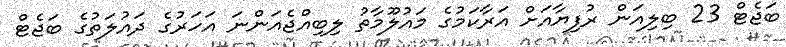
ބަޖެޓް 23 ބިލިއަން ރުފިޔާއަށް އަރާކަމުގެ މައުލޫމާތު ލިބިއްޖެއަންނަ އަހަރުގެ ދައުލަތުގެ ބަޖެޓް